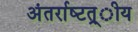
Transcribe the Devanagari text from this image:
अंतर्राष्‍टत्र्ीय